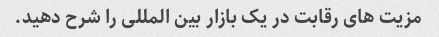
مزیت های رقابت در یک بازار بین المللی را شرح دهید.